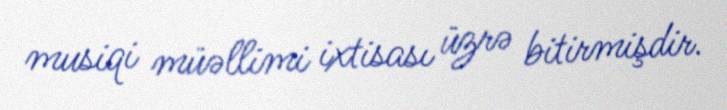
musiqi müəllimi ixtisası üzrə bitirmişdir.